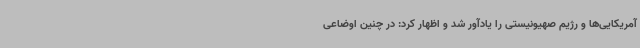
آمریکایی‌ها و رژیم صهیونیستی را یادآور شد و اظهار کرد: در چنین اوضاعی